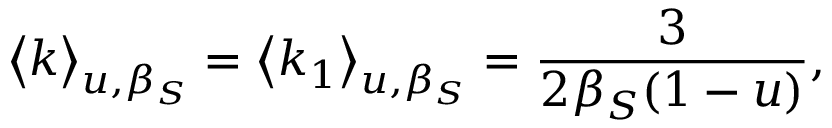
\big < k \big > _ { u , \beta _ { S } } = \big < k _ { 1 } \big > _ { u , \beta _ { S } } = \frac { 3 } { 2 \beta _ { S } ( 1 - u ) } ,